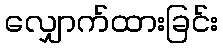
လျှောက်ထားခြင်း